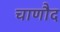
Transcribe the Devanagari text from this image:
चाणौद